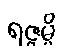
ရဇ္ဇမ္ပိ